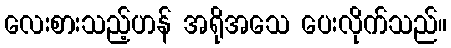
လေးစားသည့်ဟန် အရိုအသေ ပေးလိုက်သည်။